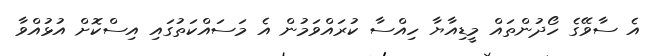
އެ ސާވޭގެ ހޯދުންތައް މީޑިއާޔާ ހިއްސާ ކުރައްވަމުން އެ މަސައްކަތުގައި އިސްކޮށް އުޅުއްވާ